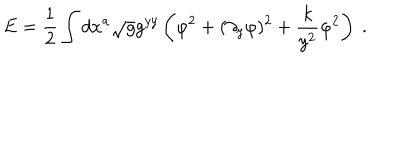
E = { \frac { 1 } { 2 } } \int d x ^ { a } \sqrt { g } g ^ { y y } \left( \dot { \varphi } ^ { 2 } + ( \partial _ { y } \varphi ) ^ { 2 } + { \frac { k } { y ^ { 2 } } } \varphi ^ { 2 } \right) \ .